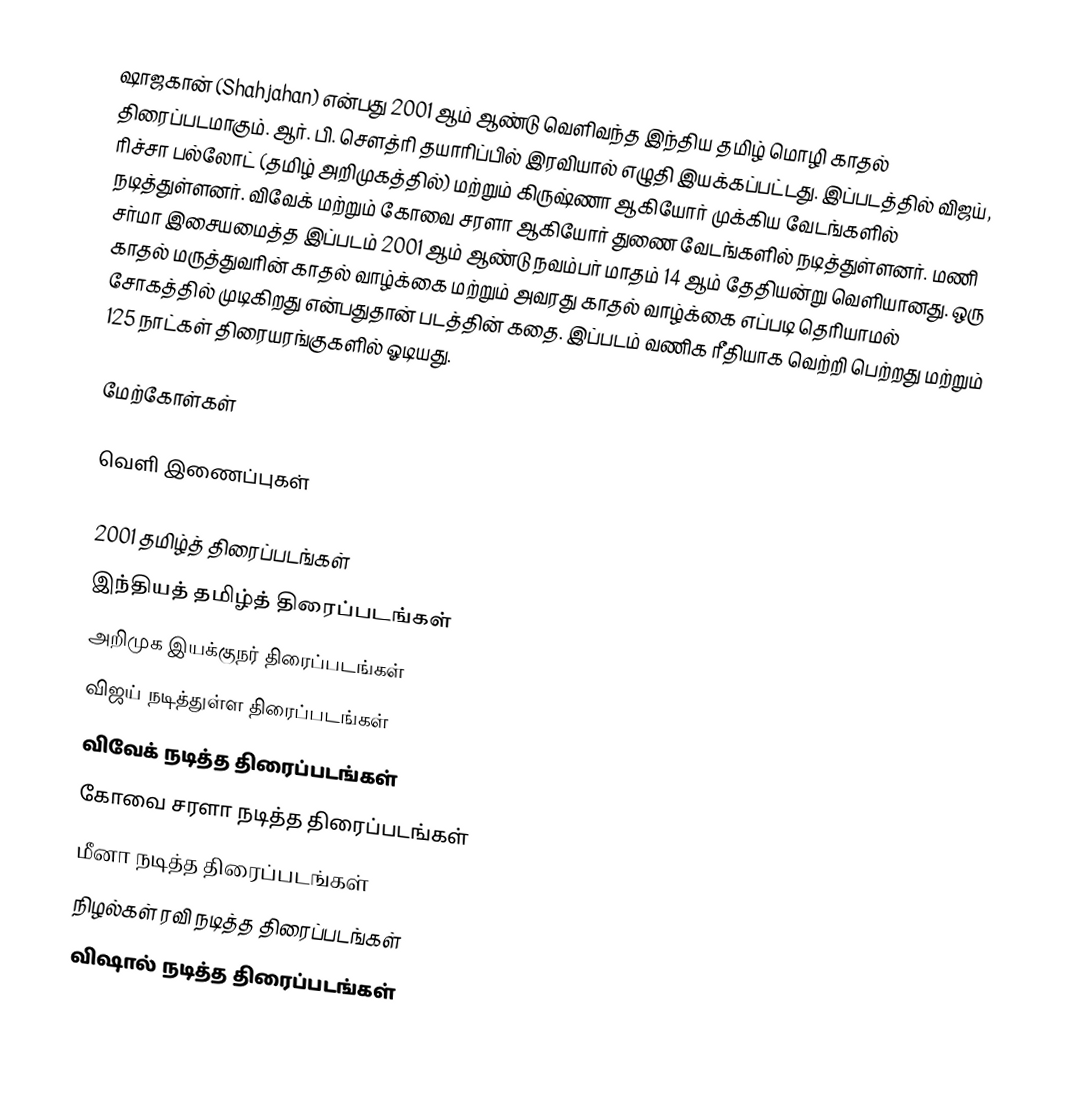
ஷாஜகான் (Shahjahan) என்பது 2001 ஆம் ஆண்டு வெளிவந்த இந்திய தமிழ் மொழி காதல் திரைப்படமாகும். ஆர். பி. சௌத்ரி தயாரிப்பில் இரவியால் எழுதி இயக்கப்பட்டது. இப்படத்தில் விஜய், ரிச்சா பல்லோட் (தமிழ் அறிமுகத்தில்) மற்றும் கிருஷ்ணா ஆகியோர் முக்கிய வேடங்களில் நடித்துள்ளனர். விவேக் மற்றும் கோவை சரளா ஆகியோர் துணை வேடங்களில் நடித்துள்ளனர். மணி சர்மா இசையமைத்த இப்படம் 2001 ஆம் ஆண்டு நவம்பர் மாதம் 14 ஆம் தேதியன்று  வெளியானது. ஒரு காதல் மருத்துவரின் காதல் வாழ்க்கை மற்றும் அவரது காதல் வாழ்க்கை எப்படி தெரியாமல் சோகத்தில் முடிகிறது என்பதுதான் படத்தின் கதை. இப்படம் வணிக ரீதியாக வெற்றி பெற்றது மற்றும் 125 நாட்கள் திரையரங்குகளில் ஓடியது.

மேற்கோள்கள்

வெளி இணைப்புகள்

2001 தமிழ்த் திரைப்படங்கள்
இந்தியத் தமிழ்த் திரைப்படங்கள்
அறிமுக இயக்குநர் திரைப்படங்கள்
விஜய் நடித்துள்ள திரைப்படங்கள்
விவேக் நடித்த திரைப்படங்கள்
கோவை சரளா நடித்த திரைப்படங்கள்
மீனா நடித்த திரைப்படங்கள்
நிழல்கள் ரவி நடித்த திரைப்படங்கள்
விஷால் நடித்த திரைப்படங்கள்